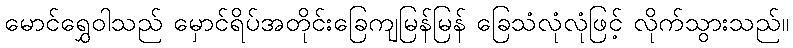
မောင်ရွှေဝါသည် မှောင်ရိပ်အတိုင်းခြေကျမြန်မြန် ခြေသံလုံလုံဖြင့် လိုက်သွားသည်။